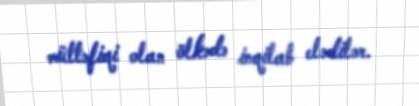
müttəfiqi olan ölkədə inqilab elədilər.